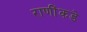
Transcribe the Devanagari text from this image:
राणींकडे